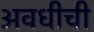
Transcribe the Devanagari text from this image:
अवधीची